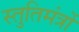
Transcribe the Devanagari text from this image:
स्तुतिमंत्रों